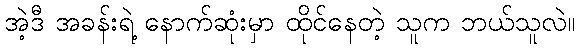
အဲ့ဒီ အခန်းရဲ့ နောက်ဆုံးမှာ ထိုင်နေတဲ့ သူက ဘယ်သူလဲ။